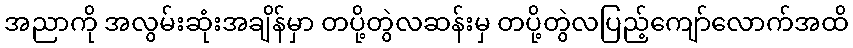
အညာကို အလွမ်းဆုံးအချိန်မှာ တပို့တွဲလဆန်းမှ တပို့တွဲလပြည့်ကျော်လောက်အထိ